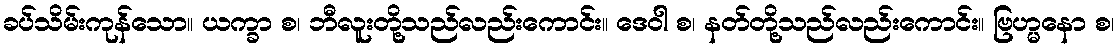
ခပ်သိမ်းကုန်သော။ ယက္ခာ စ၊ ဘီလူးတို့သည်လည်းကောင်း။ ဒေဝါ စ၊ နတ်တို့သည်လည်းကောင်း။ ဗြဟ္မနော စ၊